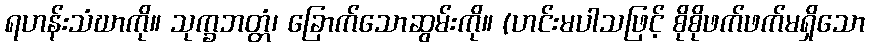
ရဟန်းသံဃာကို။ သုက္ခဘတ္တံ၊ ခြောက်သောဆွမ်းကို။ (ဟင်းမပါသဖြင့် စိုစိုဖက်ဖက်မရှိသော